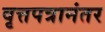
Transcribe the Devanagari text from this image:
वृत्तपत्रानंतर